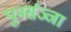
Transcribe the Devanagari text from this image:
पुनर्सज्जा